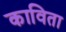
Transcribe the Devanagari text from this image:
काविता